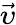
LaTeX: \vec{\upsilon}